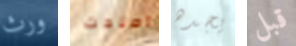
ورث اصلحت يجده قبل